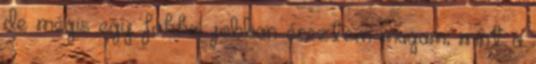
de mégis egy fokkal jobban éreztem magam, mint a